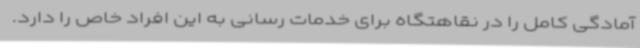
آمادگی کامل را در نقاهتگاه برای خدمات رسانی به این افراد خاص را دارد.